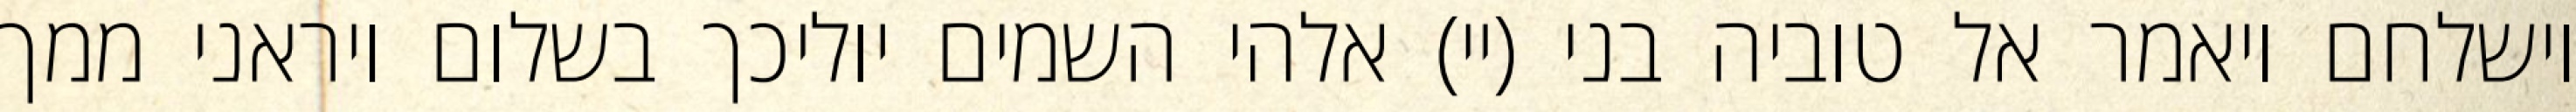
וישלחם ויאמר אל טוביה בני (יי) אלהי השמים יוליכך בשלום ויראני ממך